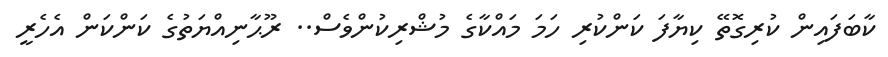
ކާބަފައިން ކުރިގޮތޭ ކިޔާފަ ކަންކުރި ހަމަ މައްކާގެ މުޝްރިކުންވެސް.. ރޫޙާނިއްޔަތުގެ ކަންކަން އެހެރީ